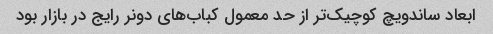
ابعاد ساندویچ کوچیک‌تر از حد معمول کباب‌های دونر رایج در بازار بود